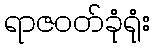
ရာဇဝတ်ခုံရုံး